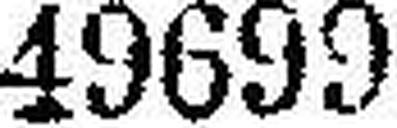
49699